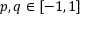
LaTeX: p , q \in [ - 1 , 1 ]